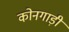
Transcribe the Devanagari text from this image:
कोनगाड़ी